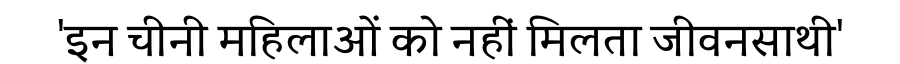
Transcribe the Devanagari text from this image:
'इन चीनी महिलाओं को नहीं मिलता जीवनसाथी'